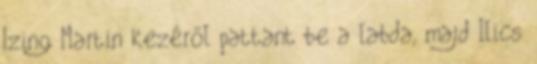
Izing Martin kezéről pattant be a labda, majd Ilics